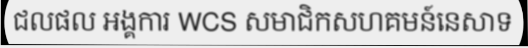
ជលផល អង្គការ WCS សមាជិកសហគមន៍នេសាទ